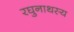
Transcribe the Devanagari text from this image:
रघुनाथस्य